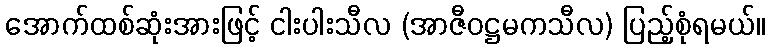
အောက်ထစ်ဆုံးအားဖြင့် ငါးပါးသီလ (အာဇီဝဋ္ဌမကသီလ) ပြည့်စုံရမယ်။